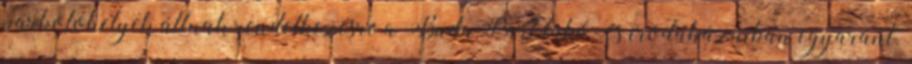
parkolóhelyek állnak rendelkezésre a BudaPart lakó- és irodaházaiban egyaránt.